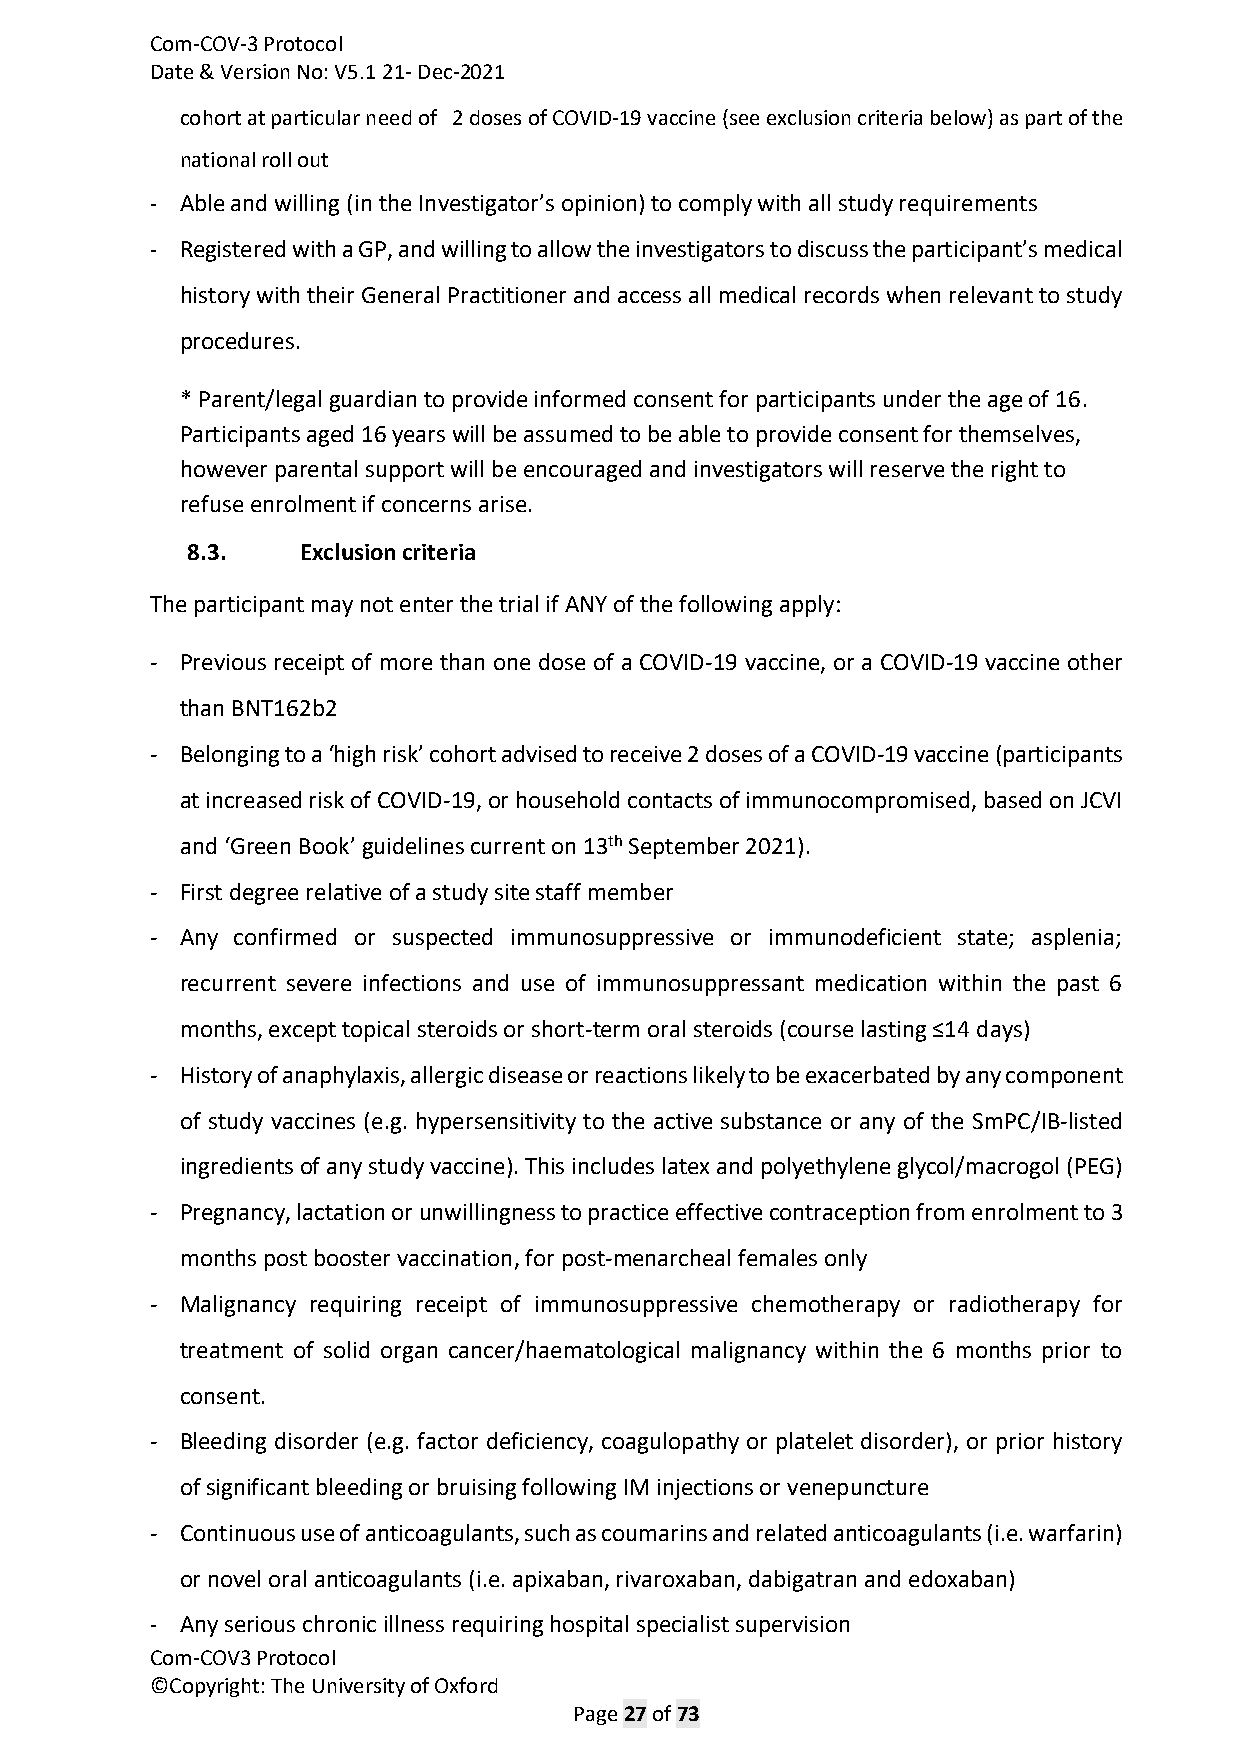
Com-COV-3 Protocol
 Date & Version No: V5.1 21- Dec-2021
 cohort at particular need of 2 doses of COVID-19 vaccine (see exclusion criteria below) as part of the
 national roll out
 - Able and willing (in the Investigator’s opinion) to comply with all study requirements
 - Registered with a GP, and willing to allow the investigators to discuss the participant’s medical
 history with their General Practitioner and access all medical records when relevant to study
 procedures.
 * Parent/legal guardian to provide informed consent for participants under the age of 16.
 Participants aged 16 years will be assumed to be able to provide consent for themselves,
 however parental support will be encouraged and investigators will reserve the right to
 refuse enrolment if concerns arise.
 8.3.    Exclusion criteria
 The participant may not enter the trial if ANY of the following apply:
 - Previous receipt of more than one dose of a COVID-19 vaccine, or a COVID-19 vaccine other
 than BNT162b2
 - Belonging to a ‘high risk’ cohort advised to receive 2 doses of a COVID-19 vaccine (participants
 at increased risk of COVID-19, or household contacts of immunocompromised, based on JCVI
 and ‘Green Book’ guidelines current on 13th September 2021).
 - First degree relative of a study site staff member
 - Any confirmed or suspected immunosuppressive or immunodeficient state; asplenia;
 recurrent severe infections and use of immunosuppressant medication within the past 6
 months, except topical steroids or short-term oral steroids (course lasting ≤14 days)
 - History of anaphylaxis, allergic disease or reactions likely to be exacerbated by any component
 of study vaccines (e.g. hypersensitivity to the active substance or any of the SmPC/IB-listed
 ingredients of any study vaccine). This includes latex and polyethylene glycol/macrogol (PEG)
 - Pregnancy, lactation or unwillingness to practice effective contraception from enrolment to 3
 months post booster vaccination, for post-menarcheal females only
 - Malignancy requiring receipt of immunosuppressive chemotherapy or radiotherapy for
 treatment of solid organ cancer/haematological malignancy within the 6 months prior to
 consent.
 - Bleeding disorder (e.g. factor deficiency, coagulopathy or platelet disorder), or prior history
 of significant bleeding or bruising following IM injections or venepuncture
 - Continuous use of anticoagulants, such as coumarins and related anticoagulants (i.e. warfarin)
 or novel oral anticoagulants (i.e. apixaban, rivaroxaban, dabigatran and edoxaban)
 - Any serious chronic illness requiring hospital specialist supervision
 Com-COV3 Protocol
 ©Copyright: The University of Oxford
 Page 27 of 73